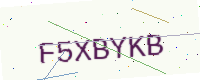
Text: F5XBYKB